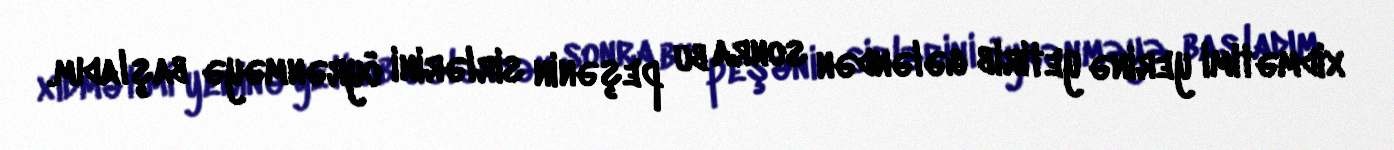
xidmətimi yerinə yetirib gələndən sonra bu peşənin sirlərini öyrənməyə başladım.